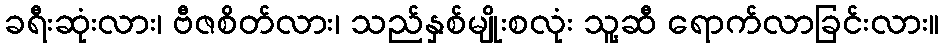
ခရီးဆုံးလား၊ ဗီဇစိတ်လား၊ သည်နှစ်မျိုးစလုံး သူ့ဆီ ရောက်လာခြင်းလား။